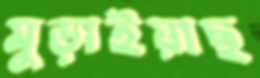
মুড়াইয়াছ